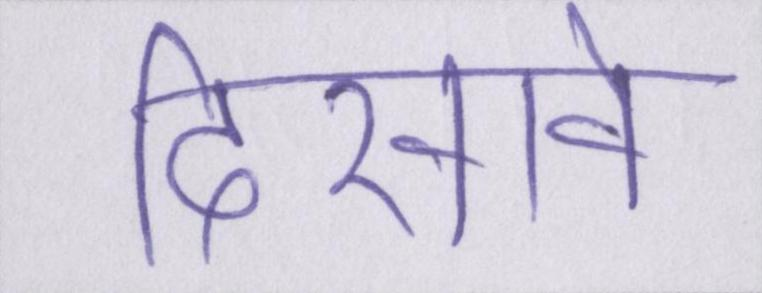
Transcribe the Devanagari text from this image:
दिखावे